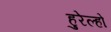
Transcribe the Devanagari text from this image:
हुरेल्हो